Report on the Civil Veterinary Department, Eastern Bengal and Assam - 1907-1911
Year: 1907
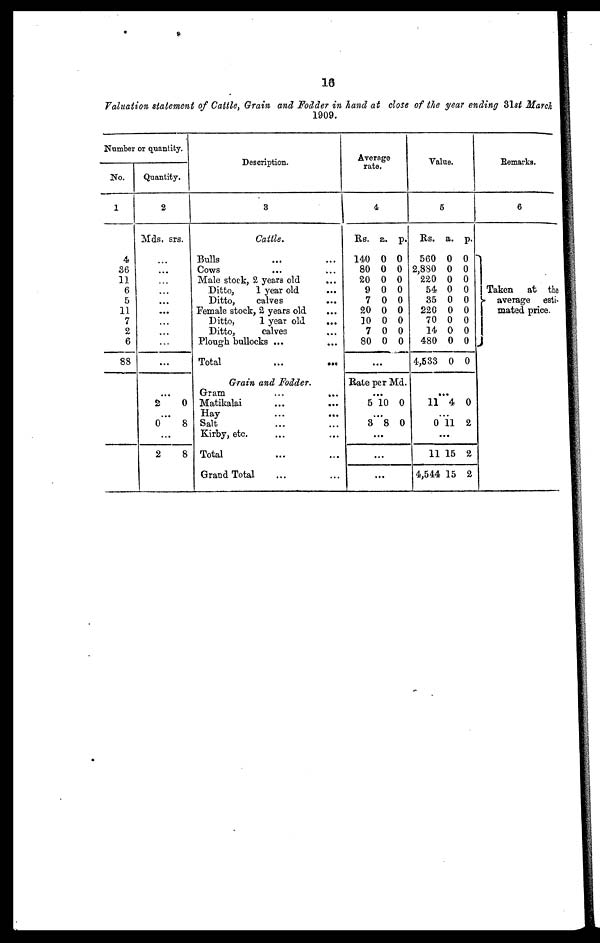
Valuation statement of Cattle, Grain and Fodder in hand at close of the year ending 31st March
1909.
Number or quantity.
1
No.
1
4
36
11
6
5
11
7
2
6
88
Quantity.
2
Mds. srs.
…
…
…
…
…
...
…
…
…
...
…
2
0
…
0
8
...
2
8
Description.
3
Cattle.
Bulls … …
Cows … …
Male stock, 2 years old …
Ditto,
1 year old …
Ditto,
calves …
Female stock, 2 years old …
Ditto,
1 year old
...
Ditto,
calves …
Plough bullocks ...
Total
... …
Grain and Fodder.
Gram
...
...
Matikalai … …
Hay … …
Salt … …
Kirby, etc. … …
Total … …
Grand Total … …
Average
rate.
4
Rs. a. p.
140 0 0
80 0 0
20 0 0
9 0 0
7 0 0
20 0 0
10 0 0
7 0 0
80 0 0
...
Rate per Md.
...
5 10 0
...
3 8 0
...
...
…
Value.
5
Rs. a. p.
560 0 0
2,880 0 0
220 0 0
54 0 0
35 0 0
220 0 0
70 0 0
14 0 0
480 0 0
4,533 0 0
...
11 4 0
...
0 11 2
...
11 15 2
4,544 15 2
Remarks.
6
Taken
at the
average esti-
mated price.